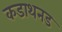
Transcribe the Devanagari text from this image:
कडाथनड